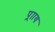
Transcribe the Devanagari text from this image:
प्र्ााय